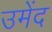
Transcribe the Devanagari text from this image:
उमेंद